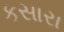
કસારા